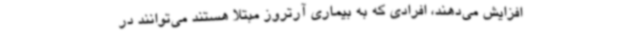
افزایش می‌دهند، افرادی که به بیماری آرتروز مبتلا هستند می‌توانند در